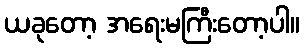
ယခုတော့ အရေးမကြီးတော့ပါ။